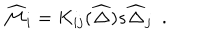
LaTeX: \widehat { \cal M } _ { i } = K _ { i j } ( \widehat { \Delta } ) s \widehat { \Delta } _ { j } \ \ .